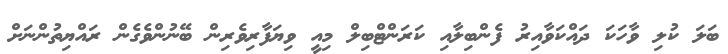
ބަލަ ކުލި ވާހަކަ ދައްކަވާއިރު ފެންބިލާއި ކަރަންޓްބިލް މިއީ ވިޔަފާރިވެރިން ބޭނުންވެގެން ރައްޔިތުންނަށް